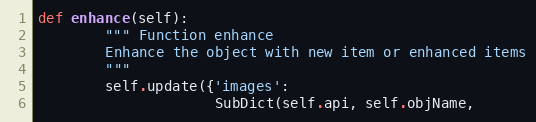
Language: Python
def enhance(self):
        """ Function enhance
        Enhance the object with new item or enhanced items
        """
        self.update({'images':
                     SubDict(self.api, self.objName,